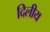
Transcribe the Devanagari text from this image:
दिलीय